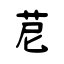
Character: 苨